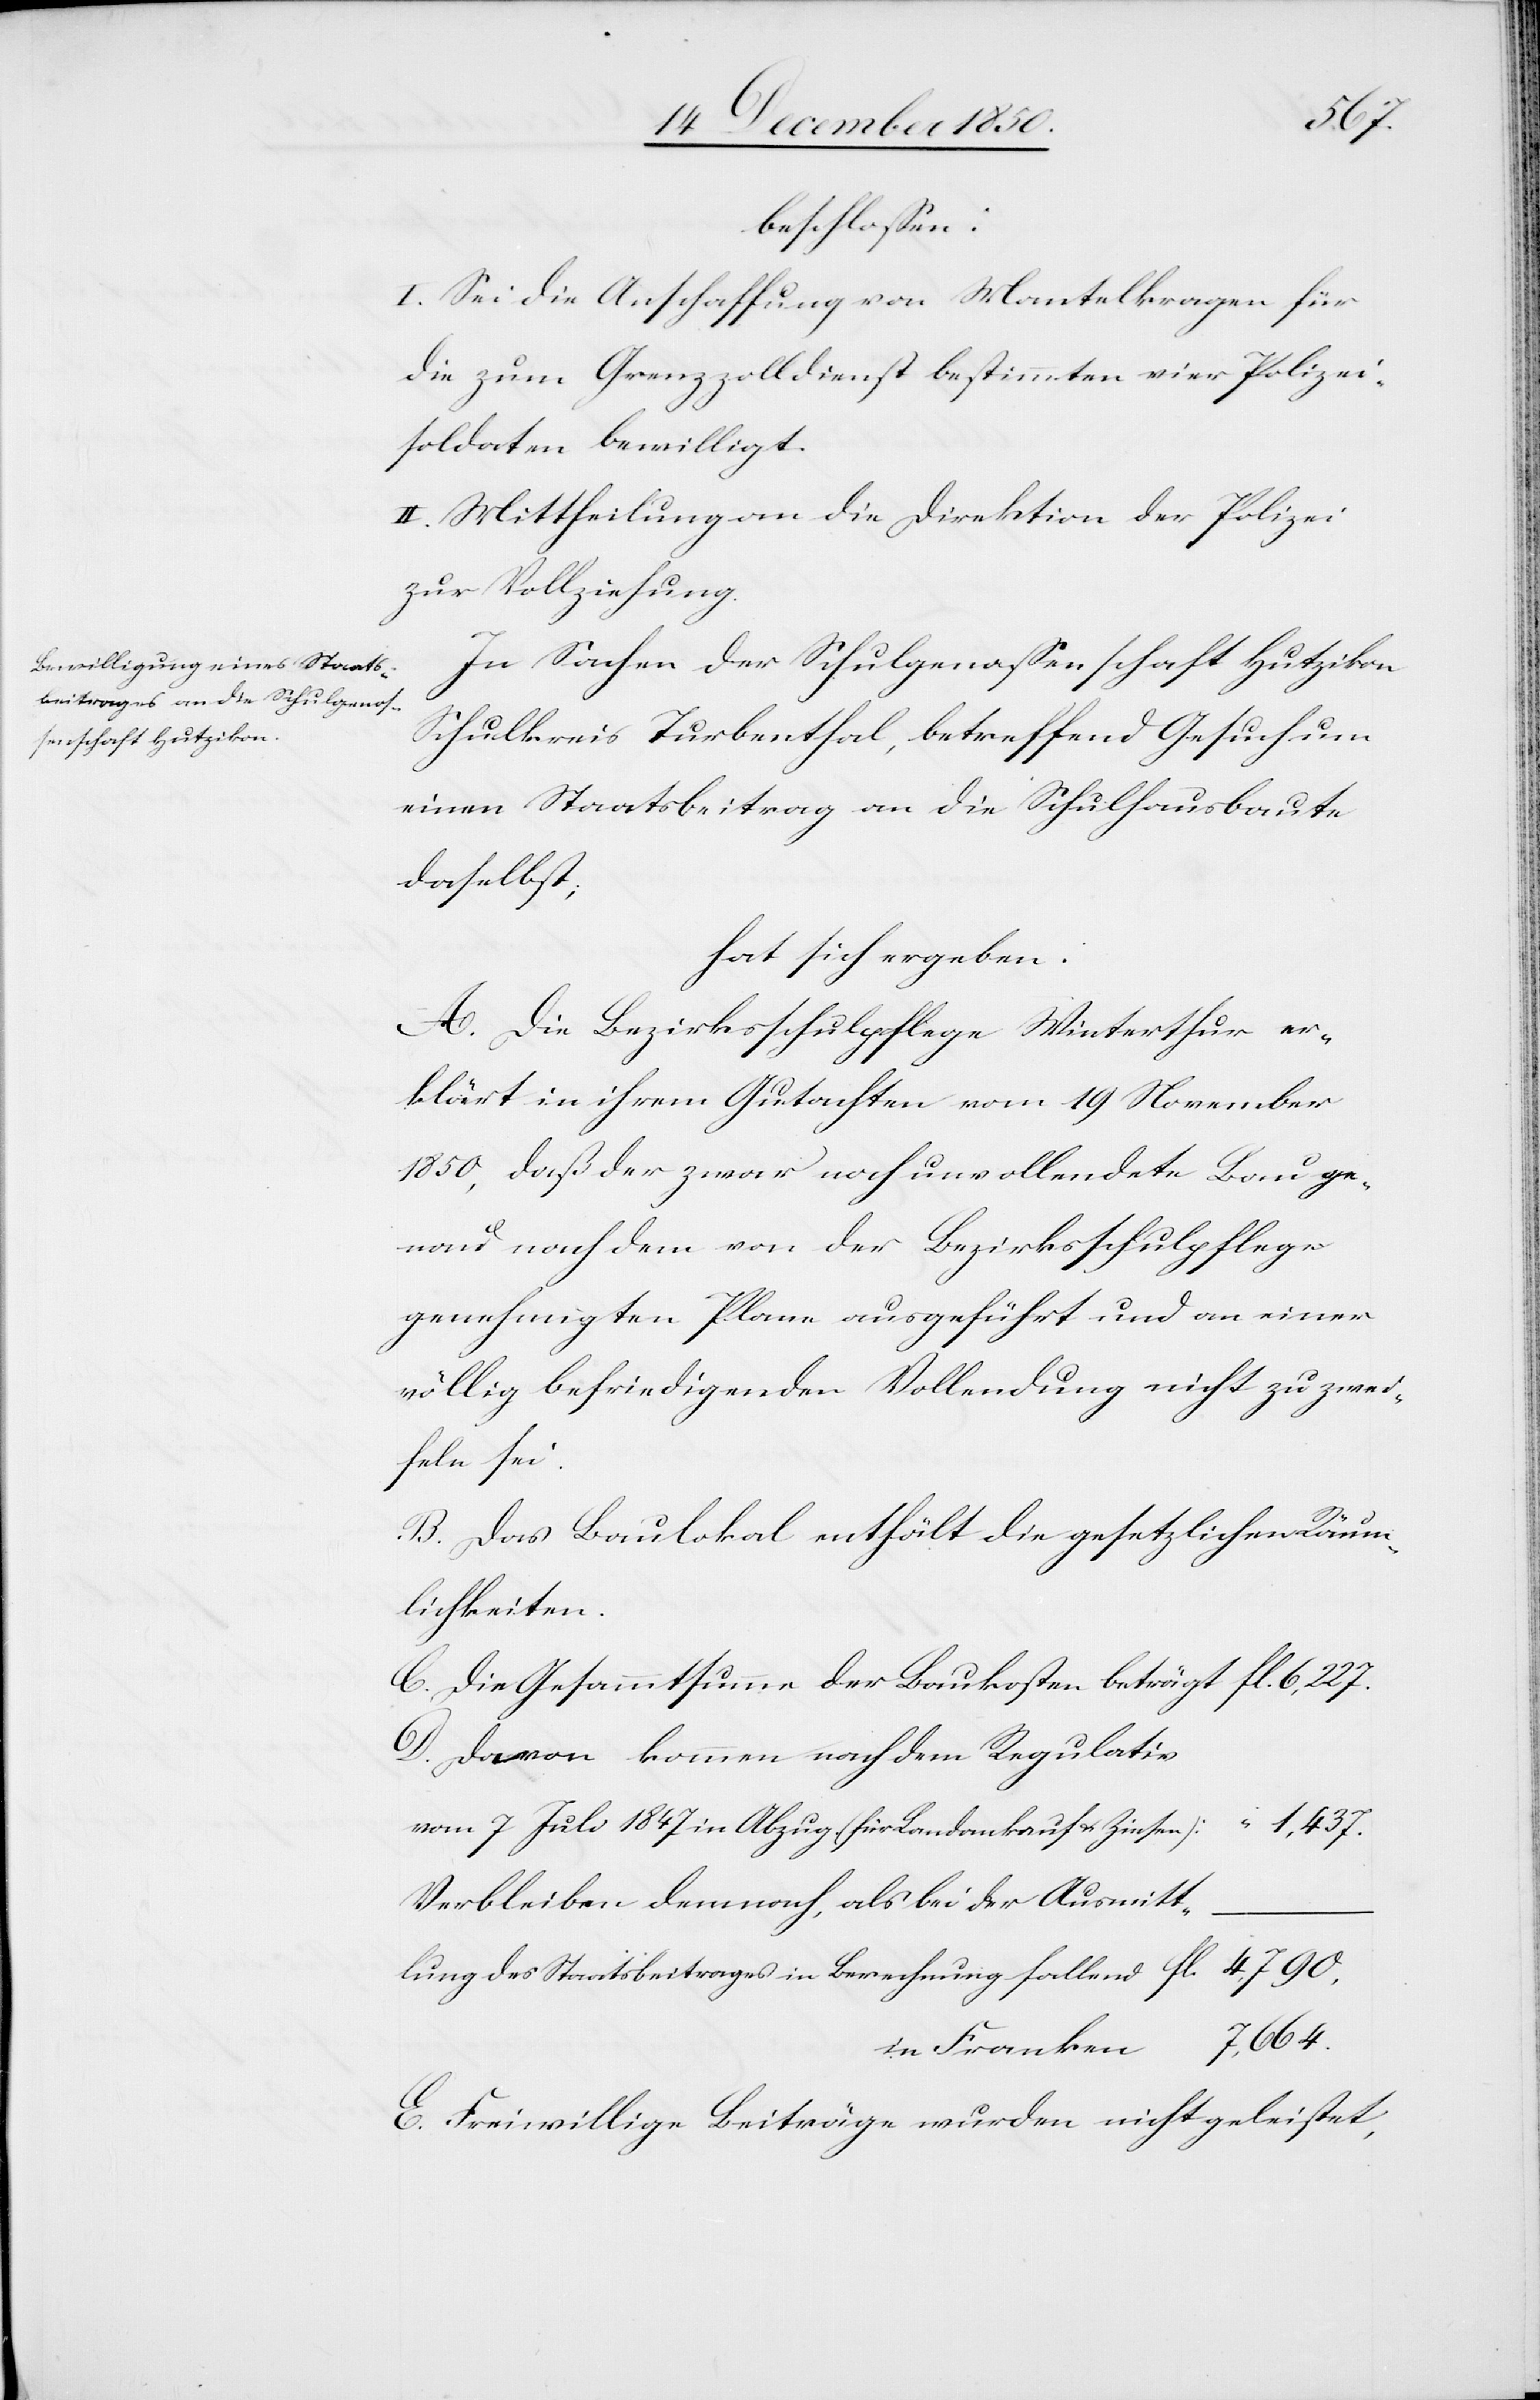
beschlossen:
I. Sei die Anschaffung von Mantelkragen für
die zum Grenzzolldienst bestimmten vier Polizei¬
soldaten bewilligt.
II. Mittheilung an die Direktion der Polizei
zur Vollziehung.
In Sachen der Schulgenossenschaft Hutzikon
Schulkreis Turbenthal, betreffend Gesuch um
einen Staatsbeitrag an die Schulhausbaute
daselbst;
hat sich ergeben:
A. Die Bezirksschulpflege Winterthur er¬
klärt in ihrem Gutachten vom 19 November
1850, daß der zwar noch unvollendete Bau ge¬
nau nach dem von der Bezirksschulpflege
genehmigten Plane ausgeführt und an einer
völlig befriedigenden Vollendung nicht zu zwei¬
feln sei.
B. Das Baulokal enthält die gesetzlichen Räum¬
lichkeiten.
C. Die Gesammtsumme der Baukosten beträgt					fl.
D. Davon kommen nach dem Regulativ
vom 7 Juli 1847 in Abzug (für Landankauf u. Zinsen):						“ 1,437.
Verbleiben demnach, als bei der Ausmitt¬
lung des Staatsbeitrages in Berechnung fallend						fl.
n	7,664.
in Franke¬
E. Freiwillige Beiträge wurden nicht geleistet,